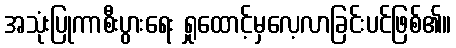
အသုံးပြုကာစီးပွားရေး ရှုထောင့်မှလေ့လာခြင်းပင်ဖြစ်၏။